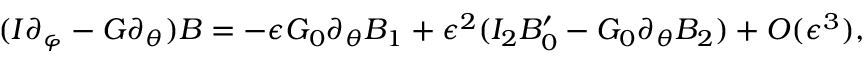
( I \partial _ { \varphi } - G \partial _ { \theta } ) B = - \epsilon G _ { 0 } \partial _ { \theta } B _ { 1 } + \epsilon ^ { 2 } ( I _ { 2 } B _ { 0 } ^ { \prime } - G _ { 0 } \partial _ { \theta } B _ { 2 } ) + O ( \epsilon ^ { 3 } ) ,